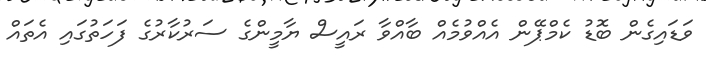
ވަޑައިގެން ބޮޑު ކެމްޕޭން އެއްވުމެއް ބާއްވާ ރައީސް ޔާމީންގެ ސަރުކާރުގެ ފަހަތުގައި އެތައް